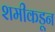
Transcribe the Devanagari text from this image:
शमीकडून